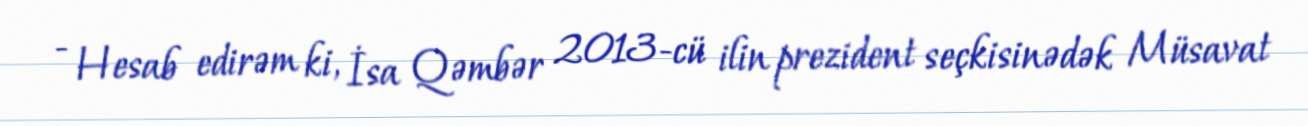
- Hesab edirəm ki, İsa Qəmbər 2013-cü ilin prezident seçkisinədək Müsavat